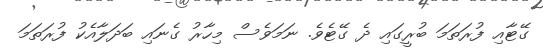
ގޭޓާއި ފުރަތަމަ ބުރީގައި ދެ ގޭޓެވެ. ނަމަވެސް މިހާރު ގެނައި ބަދަލާއެކު ފުރަތަމަ